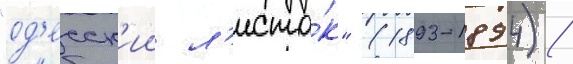
"од'есск'ии л'исто́к" (1893-1894) /